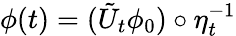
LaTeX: \phi(t)=(\tilde{U}_{t}\phi_{0})\circ\eta_{t}^{-1}